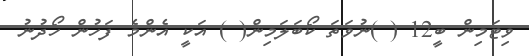
ވިޓަމިން ބީ12 ( )ނުވަތަ ކޯބަލަމިން( ) އަކީ އެންމެ ފަހުން ހޯދުނު